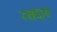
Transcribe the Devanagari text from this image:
रसदारु